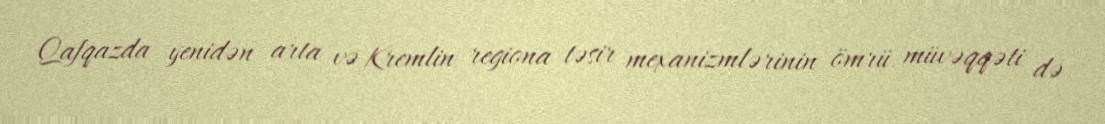
Qafqazda yenidən arta və Kremlin regiona təsir mexanizmlərinin ömrü müvəqqəti də